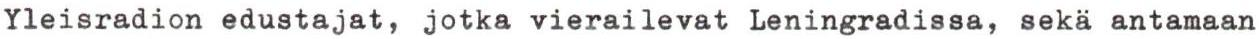
Yleisradion edustajat, jotka vierailevat Leningradissa, sekä antamaan